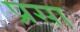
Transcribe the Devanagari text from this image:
प्रसा